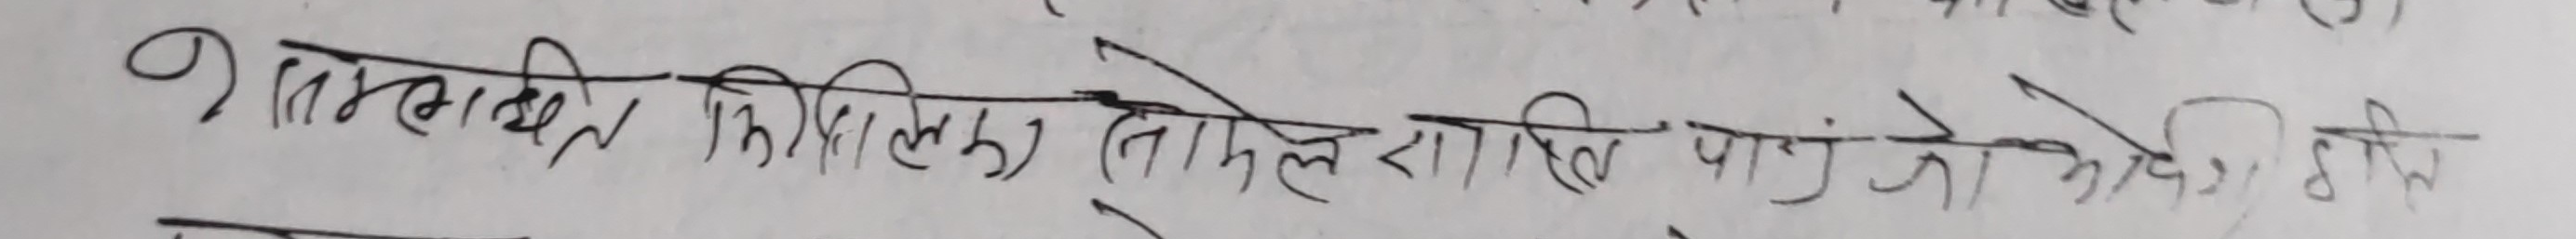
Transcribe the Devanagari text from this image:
१) समग्रमा मिलेका (तामेल) राति पाञ्जे को मध्ये ठिक